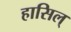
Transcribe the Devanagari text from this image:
हासिल्